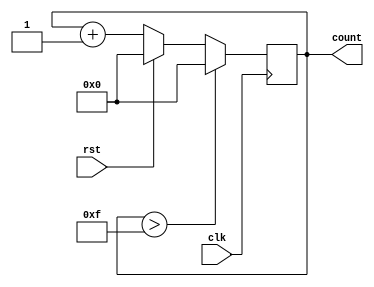
module LEA_16Counter(input clk, output reg[3:0] count, input rst);


initial count = 0;
always @ (posedge clk) begin
    if (rst == 1) begin
        count <= 0;
    end
    
    else begin
        count <= count + 1'b1;
    end
    
if (count > 15) begin
    count <= 0;
end

end

endmodule